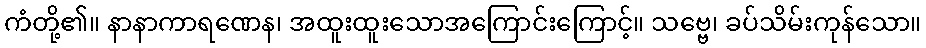
ကံတို့၏။ နာနာကာရဏေန၊ အထူးထူးသောအကြောင်းကြောင့်။ သဗ္ဗေ၊ ခပ်သိမ်းကုန်သော။